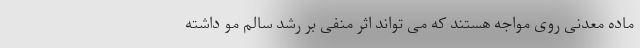
ماده معدنی روی مواجه هستند که می تواند اثر منفی بر رشد سالم مو داشته